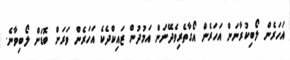
އަހަރެން ލޯބިކުރާނަން އަހަރެން އޯގާތެރިވެދޭނަން އަމުދުން ޒައިކްދެކެ އަހަރެން ވަރަށް ބޮޑަށް ލޯބިވާނެ.